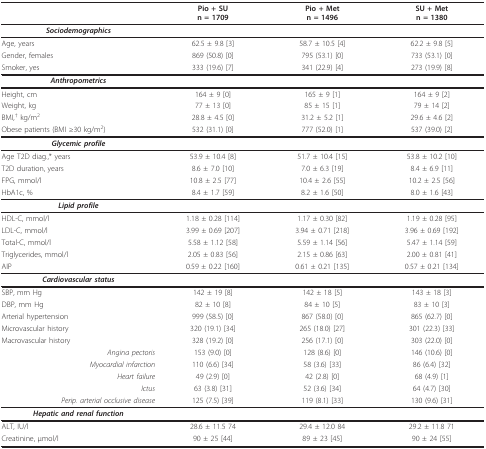
<table><thead><tr><td></td><td><b>Pio + SUn = 1709</b></td><td><b>Pio + Metn = 1496</b></td><td><b>SU + Metn = 1380</b></td></tr></thead><tbody><tr><td><b><i>Sociodemographics</i></b></td><td></td><td></td><td></td></tr><tr><td>Age, years</td><td>62.5 ± 9.8 [3]</td><td>58.7 ± 10.5 [4]</td><td>62.2 ± 9.8 [5]</td></tr><tr><td>Gender, females</td><td>869 (50.8) [0]</td><td>795 (53.1) [0]</td><td>733 (53.1) [0]</td></tr><tr><td>Smoker, yes</td><td>333 (19.6) [7]</td><td>341 (22.9) [4]</td><td>273 (19.9) [8]</td></tr><tr><td><b><i>Anthropometrics</i></b></td><td></td><td></td><td></td></tr><tr><td>Height, cm</td><td>164 ± 9 [0]</td><td>165 ± 9 [1]</td><td>164 ± 9 [2]</td></tr><tr><td>Weight, kg</td><td>77 ± 13 [0]</td><td>85 ± 15 [1]</td><td>79 ± 14 [2]</td></tr><tr><td>BMI,<sup>† </sup>kg/m<sup>2</sup></td><td>28.8 ± 4.5 [0]</td><td>31.2 ± 5.2 [1]</td><td>29.6 ± 4.6 [2]</td></tr><tr><td>Obese patients (BMI ≥30 kg/m<sup>2</sup>)</td><td>532 (31.1) [0]</td><td>777 (52.0) [1]</td><td>537 (39.0) [2]</td></tr><tr><td><b><i>Glycemic profile</i></b></td><td></td><td></td><td></td></tr><tr><td>Age T2D diag.,* years</td><td>53.9 ± 10.4 [8]</td><td>51.7 ± 10.4 [15]</td><td>53.8 ± 10.2 [10]</td></tr><tr><td>T2D duration, years</td><td>8.6 ± 7.0 [10]</td><td>7.0 ± 6.3 [19]</td><td>8.4 ± 6.9 [11]</td></tr><tr><td>FPG, mmol/l</td><td>10.8 ± 2.5 [77]</td><td>10.4 ± 2.6 [55]</td><td>10.2 ± 2.5 [56]</td></tr><tr><td>HbA1c, %</td><td>8.4 ± 1.7 [59]</td><td>8.2 ± 1.6 [50]</td><td>8.0 ± 1.6 [43]</td></tr><tr><td><b><i>Lipid profile</i></b></td><td></td><td></td><td></td></tr><tr><td>HDL-C, mmol/l</td><td>1.18 ± 0.28 [114]</td><td>1.17 ± 0.30 [82]</td><td>1.19 ± 0.28 [95]</td></tr><tr><td>LDL-C, mmol/l</td><td>3.99 ± 0.69 [207]</td><td>3.94 ± 0.71 [218]</td><td>3.96 ± 0.69 [192]</td></tr><tr><td>Total-C, mmol/l</td><td>5.58 ± 1.12 [58]</td><td>5.59 ± 1.14 [56]</td><td>5.47 ± 1.14 [59]</td></tr><tr><td>Triglycerides, mmol/l</td><td>2.05 ± 0.83 [56]</td><td>2.15 ± 0.86 [63]</td><td>2.00 ± 0.81 [41]</td></tr><tr><td>AIP</td><td>0.59 ± 0.22 [160]</td><td>0.61 ± 0.21 [135]</td><td>0.57 ± 0.21 [134]</td></tr><tr><td><b><i>Cardiovascular status</i></b></td><td></td><td></td><td></td></tr><tr><td>SBP, mm Hg</td><td>142 ± 19 [8]</td><td>142 ± 18 [5]</td><td>143 ± 18 [3]</td></tr><tr><td>DBP, mm Hg</td><td>82 ± 10 [8]</td><td>84 ± 10 [5]</td><td>83 ± 10 [3]</td></tr><tr><td>Arterial hypertension</td><td>999 (58.5) [0]</td><td>867 (58.0) [0]</td><td>865 (62.7) [0]</td></tr><tr><td>Microvascular history</td><td>320 (19.1) [34]</td><td>265 (18.0) [27]</td><td>301 (22.3) [33]</td></tr><tr><td>Macrovascular history</td><td>328 (19.2) [0]</td><td>256 (17.1) [0]</td><td>303 (22.0) [0]</td></tr><tr><td><i>Angina pectoris</i></td><td>153 (9.0) [0]</td><td>128 (8.6) [0]</td><td>146 (10.6) [0]</td></tr><tr><td><i>Myocardial infarction</i></td><td>110 (6.6) [34]</td><td>58 (3.6) [33]</td><td>86 (6.4) [32]</td></tr><tr><td><i>Heart failure</i></td><td>49 (2.9) [0]</td><td>42 (2.8) [0]</td><td>68 (4.9) [1]</td></tr><tr><td><i>Ictus</i></td><td>63 (3.8) [31]</td><td>52 (3.6) [34]</td><td>64 (4.7) [30]</td></tr><tr><td><i>Perip. arterial occlusive disease</i></td><td>125 (7.5) [39]</td><td>119 (8.1) [33]</td><td>130 (9.6) [31]</td></tr><tr><td><b><i>Hepatic and renal function</i></b></td><td></td><td></td><td></td></tr><tr><td>ALT, IU/l</td><td>28.6 ± 11.5 74</td><td>29.4 ± 12.0 84</td><td>29.2 ± 11.8 71</td></tr><tr><td>Creatinine, μmol/l</td><td>90 ± 25 [44]</td><td>89 ± 23 [45]</td><td>90 ± 24 [55]</td></tr></tbody></table>